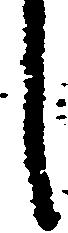
し